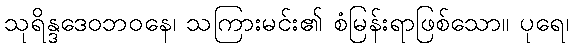
သုရိန္ဒဒေဝဘဝနေ၊ သကြားမင်း၏ စံမြန်းရာဖြစ်သော။ ပုရေ၊